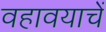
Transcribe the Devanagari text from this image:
वहावयाचें